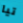
تيا